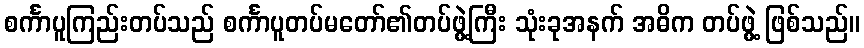
စင်္ကာပူကြည်းတပ်သည် စင်္ကာပူတပ်မတော်၏တပ်ဖွဲ့ကြီး သုံးခုအနက် အဓိက တပ်ဖွဲ့ ဖြစ်သည်။